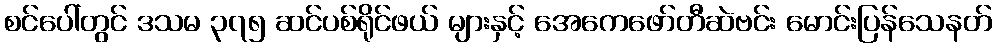
စင်ပေါ်တွင် ဒသမ ၃၇၅ ဆင်ပစ်ရိုင်ဖယ် များနှင့် အေကေဖော်တီဆဲဗင်း မောင်းပြန်သေနတ်